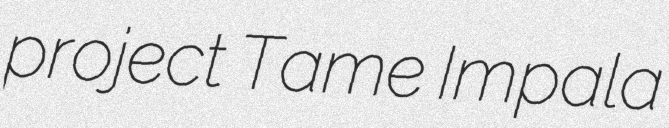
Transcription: project Tame Impala